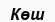
Көш